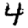
Digit: 4